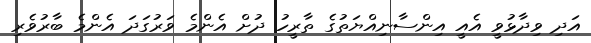
އަދި ވިދާޅުވީ އެއީ އިންސާނިއްޔަތުގެ ތާރީހު ދުށް އެންމެ ވަރުގަދަ އެންމެ ބާރުވެރި